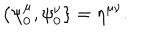
LaTeX: \{ \psi _ { 0 } ^ { \mu } , \psi _ { 0 } ^ { \nu } \} = \eta ^ { \mu \nu } .